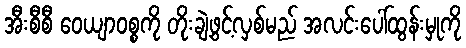
အီးစီစီ ဝေယျာဝစ္စကို တိုးချဲ့ဖွင့်လှစ်မည် အလင်းပေါ်ထွန်းမှုကို